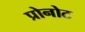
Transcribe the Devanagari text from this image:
प्रोनोट